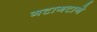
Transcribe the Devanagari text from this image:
गटागटाने